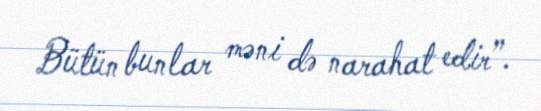
Bütün bunlar məni də narahat edir”.